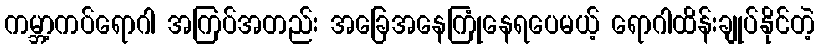
ကမ္ဘာ့ကပ်ရောဂါ အကြပ်အတည်း အခြေအနေကြုံနေရပေမယ့် ရောဂါထိန်းချုပ်နိုင်တဲ့